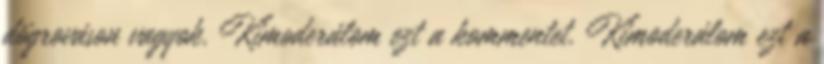
dögrováson vagyok. Kimoderálom ezt a kommentet. Kimoderálom ezt a